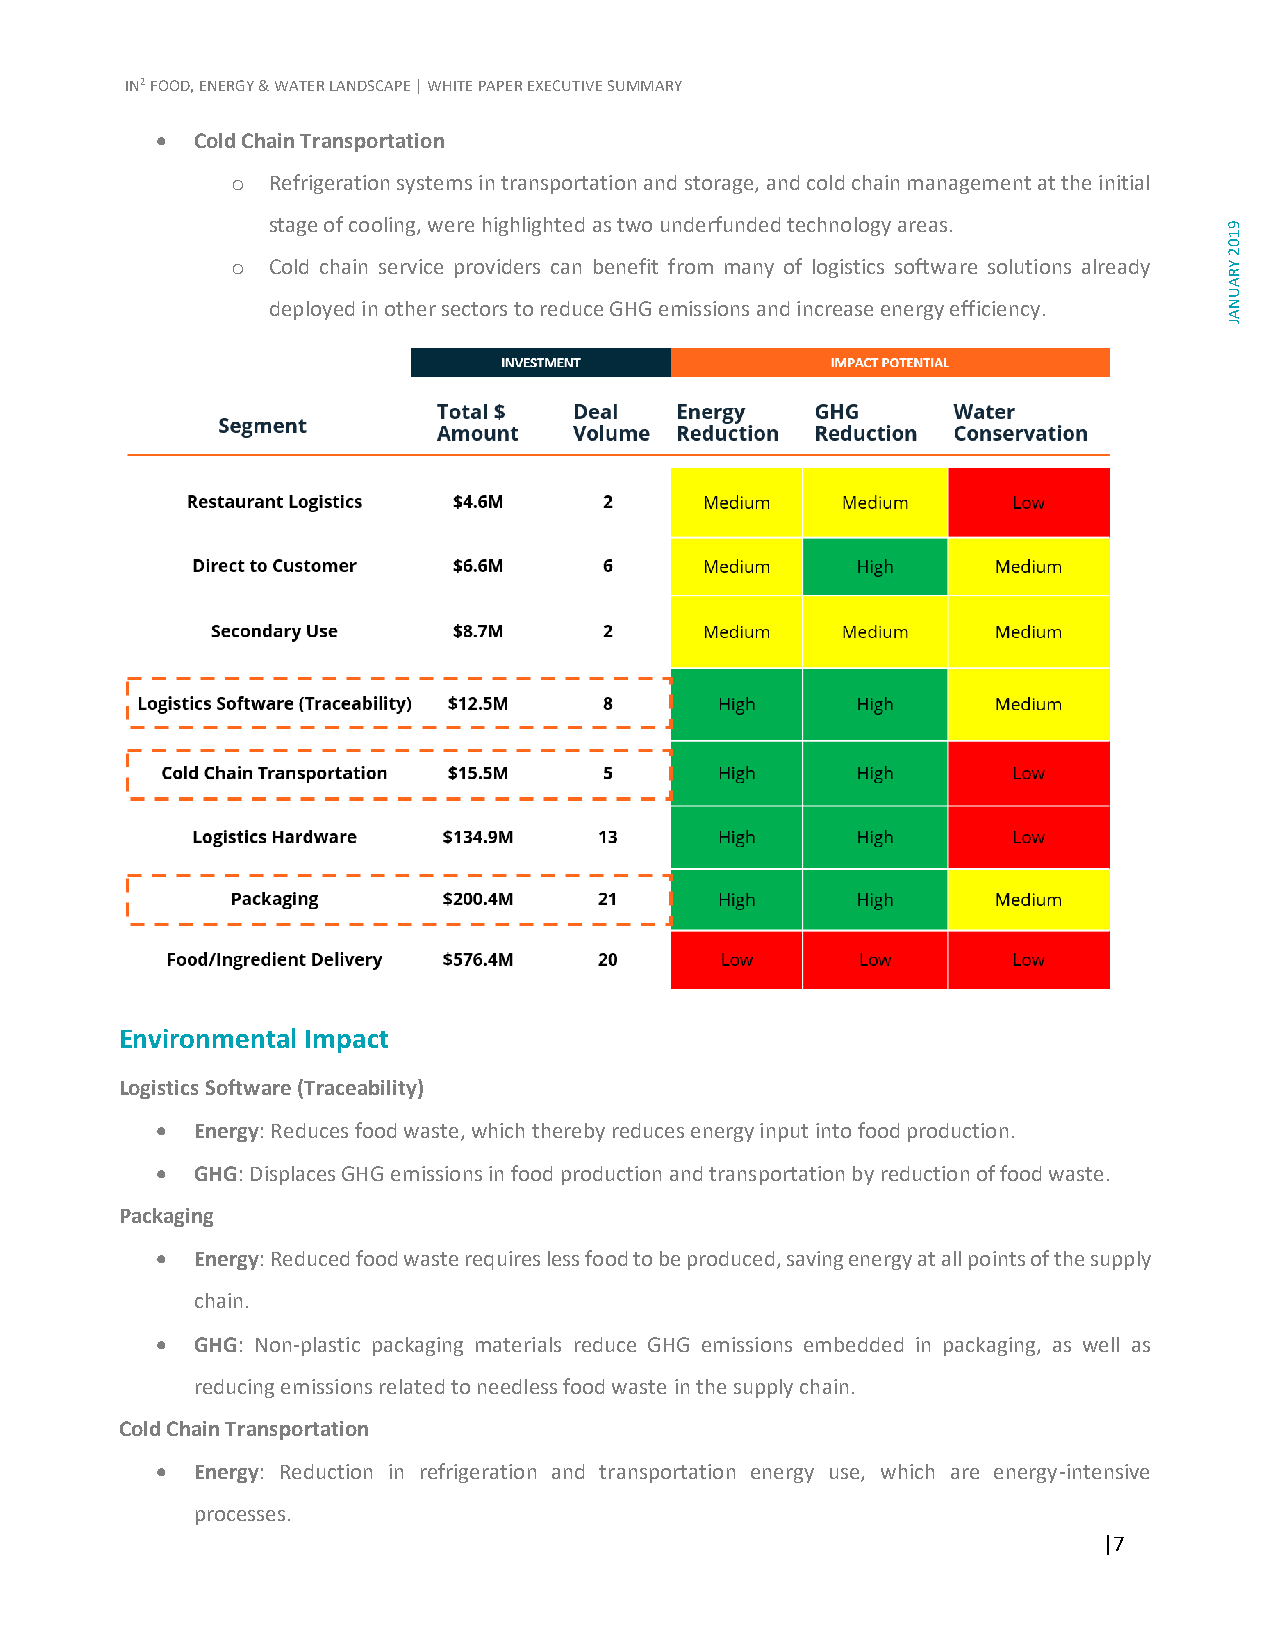
IN2 FOOD, ENERGY & WATER LANDSCAPE | WHITE PAPER EXECUTIVE SUMMARY
 •  Cold Chain Transportation
 o  Refrigeration systems in transportation and storage, and cold chain management at the initial
 stage of cooling, were highlighted as two underfunded technology areas. 9
 1
 0
 2
 o  Cold chain service providers can benefit from many of logistics software solutions already Y
 R
 A
 U
 deployed in other sectors to reduce GHG emissions and increase energy efficiency. N
 A
 J
 Environmental Impact
 Logistics Software (Traceability)
 •  Energy: Reduces food waste, which thereby reduces energy input into food production.
 •  GHG: Displaces GHG emissions in food production and transportation by reduction of food waste.
 Packaging
 •  Energy: Reduced food waste requires less food to be produced, saving energy at all points of the supply
 chain.
 •  GHG: Non-plastic packaging materials reduce GHG emissions embedded in packaging, as well as
 reducing emissions related to needless food waste in the supply chain.
 Cold Chain Transportation
 •  Energy: Reduction in refrigeration and transportation energy use, which are energy-intensive
 processes.
 |7
 •  GHG: Reduces emissions from fossil fuels used throughout transportation and refrigeration processes.